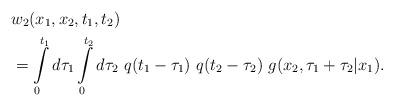
LaTeX: \begin{align*}& w_2 (x_1,x_2,t_1,t_2) \\& = \int\limits_0^{t_1} d\tau_1 \int\limits_0^{t_2} d\tau_2 ~q(t_1-\tau_1) ~q(t_2-\tau_2)~ g(x_2,\tau_1 + \tau_2|x_1) . \\\end{align*}